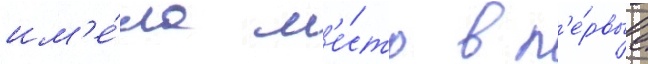
им'е́ла м'е́сто в п'е́рвые